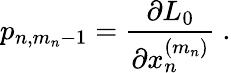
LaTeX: p_{n,m_{n}-1}=\frac{\partial L_{0}}{\partial x_{n}^{(m_{n})}}\ .